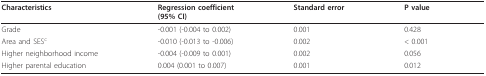
<table><thead><tr><td><b>Characteristics</b></td><td><b>Regression coefficient(95% CI)</b></td><td><b>Standard error</b></td><td><b>P value</b></td></tr></thead><tbody><tr><td>Grade</td><td>-0.001 (-0.004 to 0.002)</td><td>0.001</td><td>0.428</td></tr><tr><td>Area and SES<sup>c</sup></td><td>-0.010 (-0.013 to -0.006)</td><td>0.002</td><td>&lt; 0.001</td></tr><tr><td>Higher neighborhood income</td><td>-0.004 (-0.009 to 0.001)</td><td>0.002</td><td>0.056</td></tr><tr><td>Higher parental education</td><td>0.004 (0.001 to 0.007)</td><td>0.001</td><td>0.012</td></tr></tbody></table>